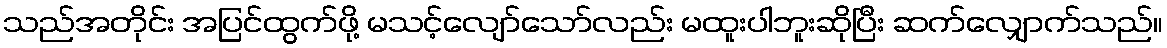
သည်အတိုင်း အပြင်ထွက်ဖို့ မသင့်လျော်သော်လည်း မထူးပါဘူးဆိုပြီး ဆက်လျှောက်သည်။